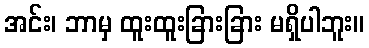
အင်း၊ ဘာမှ ထူးထူးခြားခြား မရှိပါဘူး။